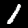
Digit: 1